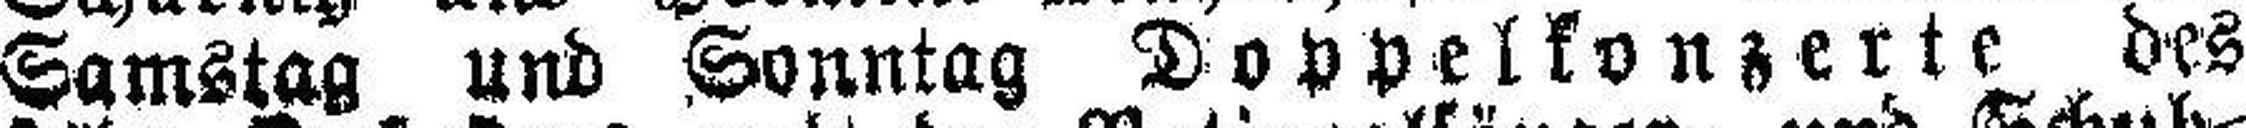
Samstag und Sonntag Doppelkonzerte des